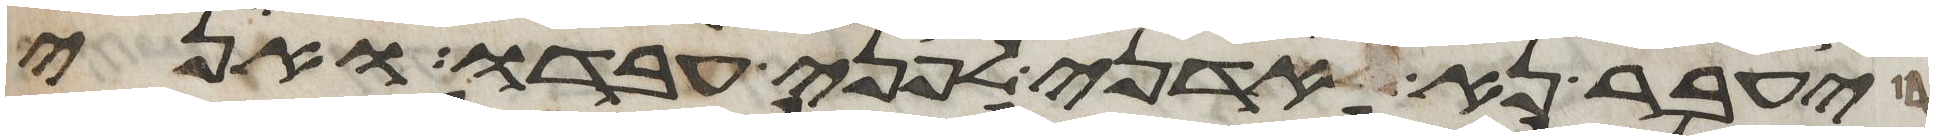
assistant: יעבר נא אדני לפני עבדו ואני